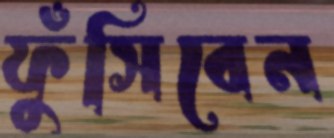
ফুঁসিবেন